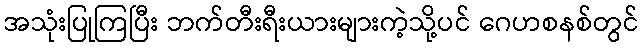
အသုံးပြုကြပြီး ဘက်တီးရီးယားများကဲ့သို့ပင် ဂေဟစနစ်တွင်